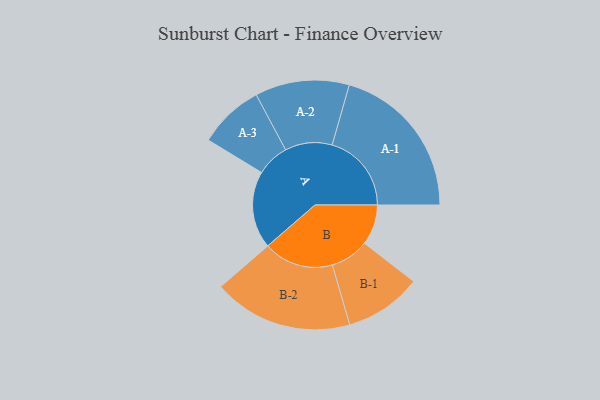
{"axis": {"x": "Segment", "y": "Value"}, "legend": ["", "A", "B"], "data": [{"x": "A", "y": 264, "type": ""}, {"x": "B", "y": 138, "type": ""}, {"x": "A-1", "y": 271, "type": "A"}, {"x": "A-2", "y": 161, "type": "A"}, {"x": "A-3", "y": 112, "type": "A"}, {"x": "B-1", "y": 132, "type": "B"}, {"x": "B-2", "y": 239, "type": "B"}]}